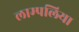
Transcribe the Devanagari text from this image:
लाम्पलिया